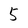
Character: 5